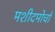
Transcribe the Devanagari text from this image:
मशीदमोर्चा